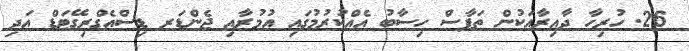
26. ހުރިހާ ދާއިރާއަކުން ތަފާސް ހިސާބު އެއްކުރުމުގައި އުމުރާއި ޖެންޑަރ ޑިސްއެގްރިގޭޓަޑް އަދި